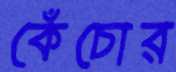
কেঁচোর